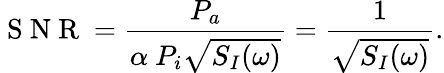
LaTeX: \mathrm{~S~N~R~}=\frac{P_{a}}{\alpha\ P_{i}\sqrt{S_{I}(\omega)}}=\frac{1}{\sqrt{S_{I}(\omega)}}.